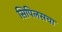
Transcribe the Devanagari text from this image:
सिपिलसचा